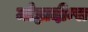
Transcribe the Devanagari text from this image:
मोह्मदीन्स